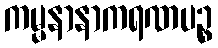
ကမ္မနာနာကရဏပဉ္စ